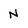
Character: N